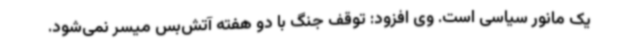
یک مانور سیاسی است. وی افزود: توقف جنگ با دو هفته آتش‌بس میسر نمی‌شود.